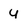
Character: U